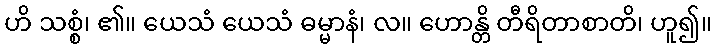
ဟိ သစ္စံ၊ ၏။ ယေသံ ယေသံ ဓမ္မာနံ၊ လ။ ဟောန္တိ တီရိတာစာတိ၊ ဟူ၍။